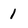
Character: l